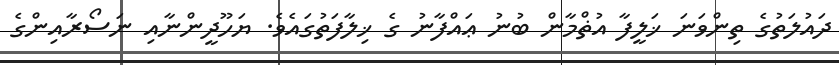
ދައުލަތުގެ ތިންވަނަ ޚަލީފާ އުޡްމާން ބުނު ޢައްފާނު ގެ ޚިލާފަތުގައެވެ. ޔަހޫދީންނާއި ނަސޯރާއިންގެ